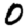
Digit: 0